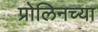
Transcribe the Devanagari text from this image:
प्रोलिनच्या